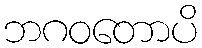
ဘဂဝတောပိ